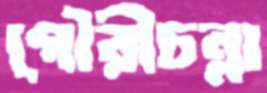
গৌরীচন্না